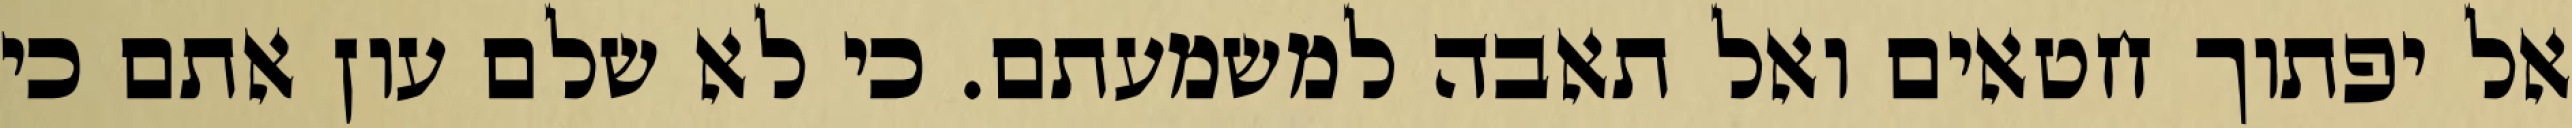
אל יפתוך חטאים ואל תאבה למשמעתם. כי לא שלם עון אתם כי